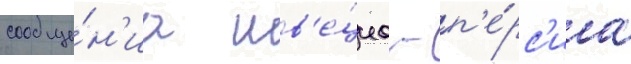
сообще́н'иа шв'е́циа - п'е́рс'иа